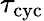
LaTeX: \tau_{\mathrm{cyc}}